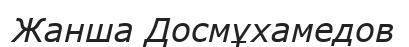
Жанша Досмұхамедов